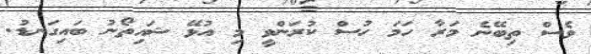
ވެސް ތިބޭނެ މަރާ ހަމަ ހުސް ކުރަންވީ މި އުޅޭ ޝައިތޯނު ބައިގަނޑު.